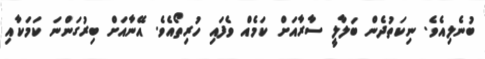
ބުނެލިއެވެ. ނިކަތުދެން ބަލާލީ ސާރާއަށް ކަމެއް ވެފައި ހުރިތޯއެވެ. އޭނާއަށް ބިރުގަންނަ ކަމަކާއި